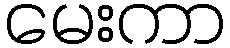
မေးကာ